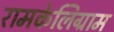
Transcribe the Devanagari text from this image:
रामकेलिग्राम